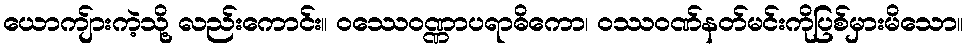
ယောကျ်ားကဲ့သို့ လည်းကောင်း။ ဝဿေဝဏ္ဏာပရာဓိကော၊ ဝဿဝဏ်နတ်မင်းကိုပြစ်မှားမိသော။